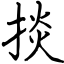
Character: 掞